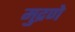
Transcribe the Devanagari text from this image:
मुद्रणे